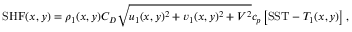
\mathrm { S H F } ( x , y ) = \rho _ { 1 } ( x , y ) C _ { D } \sqrt { u _ { 1 } ( x , y ) ^ { 2 } + v _ { 1 } ( x , y ) ^ { 2 } + V ^ { 2 } } c _ { p } \left[ \mathrm { S S T } - T _ { 1 } ( x , y ) \right] ,